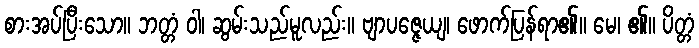
စားအပ်ပြီးသော။ ဘတ္တံ ဝါ၊ ဆွမ်းသည်မူလည်း။ ဗျာပဇ္ဇေယျ၊ ဖောက်ပြန်ရာ၏။ မေ၊ ၏။ ပိတ္တံ